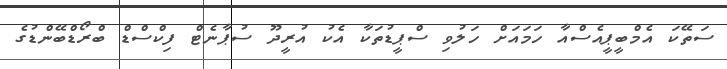
ސަތޭކަ އެމްބީޕީއެސްއާ ހަމައަށް ހަލުވި ސްޕީޑުތަކާ އެކު އުރީދޫ ސުޕާނެޓް ފިކްސްޑް ބްރޯޑްބޭންޑުގެ